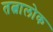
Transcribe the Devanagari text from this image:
तत्वालोक